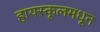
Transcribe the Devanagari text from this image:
हायस्‍कूलमधून